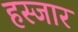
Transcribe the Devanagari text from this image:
हस्जार